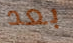
بعد